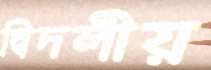
দ্বিদলীয়